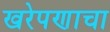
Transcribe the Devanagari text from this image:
खरेपणाचा